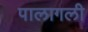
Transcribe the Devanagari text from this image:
पालागली